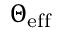
\Theta _ { \mathrm { e f f } }